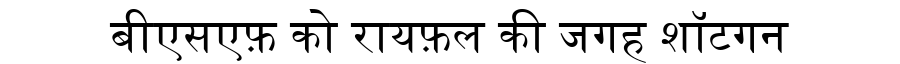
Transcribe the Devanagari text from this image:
बीएसएफ़ को रायफ़ल की जगह शॉटगन